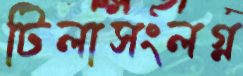
টিলাসংলগ্ন